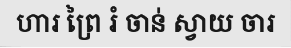
ហារ ព្រៃ រំ ចាន់ ស្វាយ ចារ